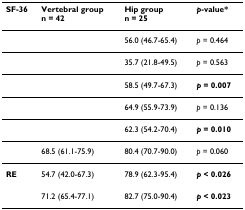
<table><thead><tr><td><b>SF-36</b></td><td><b>Vertebral groupn = 42</b></td><td><b>Hip groupn = 25</b></td><td><b><i>p</i>-value*</b></td></tr></thead><tbody><tr><td>[EMPTY_CELL]</td><td>[EMPTY_CELL]</td><td>56.0 (46.7-65.4)</td><td><i>p </i>= 0.464</td></tr><tr><td>[EMPTY_CELL]</td><td>[EMPTY_CELL]</td><td>35.7 (21.8-49.5)</td><td><i>p </i>= 0.563</td></tr><tr><td>[EMPTY_CELL]</td><td>[EMPTY_CELL]</td><td>58.5 (49.7-67.3)</td><td><b><i>p </i>= 0.007</b></td></tr><tr><td>[EMPTY_CELL]</td><td>[EMPTY_CELL]</td><td>64.9 (55.9-73.9)</td><td><i>p </i>= 0.136</td></tr><tr><td>[EMPTY_CELL]</td><td>[EMPTY_CELL]</td><td>62.3 (54.2-70.4)</td><td><b><i>p </i>= 0.010</b></td></tr><tr><td>[EMPTY_CELL]</td><td>68.5 (61.1-75.9)</td><td>80.4 (70.7-90.0)</td><td><i>p </i>= 0.060</td></tr><tr><td><b>RE</b></td><td>54.7 (42.0-67.3)</td><td>78.9 (62.3-95.4)</td><td><b><i>p </i>&lt; 0.026</b></td></tr><tr><td>[EMPTY_CELL]</td><td>71.2 (65.4-77.1)</td><td>82.7 (75.0-90.4)</td><td><b><i>p </i>&lt; 0.023</b></td></tr></tbody></table>